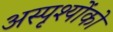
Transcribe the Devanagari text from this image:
अस्पृश्योंको